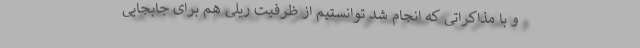
و با مذاکراتی که انجام شد توانستیم از ظرفیت ریلی هم برای جابجایی